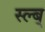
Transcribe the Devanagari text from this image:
स्ल्ब्